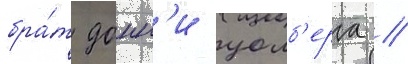
бра́т донн'и уолб'ерга /